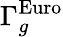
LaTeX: \Gamma_{g}^{\mathrm{Euro}}